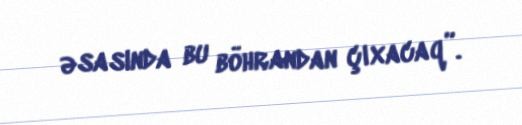
əsasında bu böhrandan çıxacaq”.